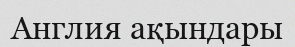
Англия ақындары